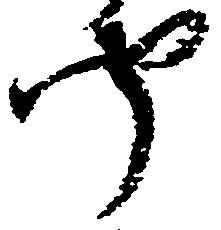
聞